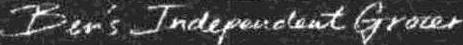
BEN'S INDEPENDENT GROCER